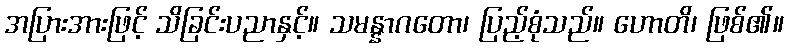
အပြားအားဖြင့် သိခြင်းပညာနှင့်။ သမန္နာဂတော၊ ပြည့်စုံသည်။ ဟောတိ၊ ဖြစ်၏။